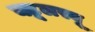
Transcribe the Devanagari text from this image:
क्टूलस्यू